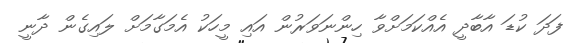
ފަދަ ކުޑަ އާބާދީ އެއްކަމަށްވާ ހިންނަވަރުން އައި މީހަކު އެމަގާމަށް ލައިގެން ދާނީ